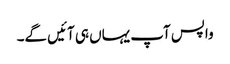
واپس آپ یہاں ہی آئیں گے۔